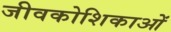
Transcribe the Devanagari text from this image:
जीवकोशिकाओं